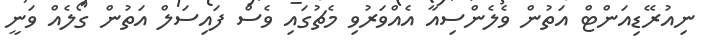
ނިއުރޭޑިއަންޓް އަތުން ވެލެންސިއާ އެއްވަރުވި މެޗުގައި ވެސް ފައިސަލް އަތުން ގޯލެއް ވަނީ